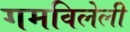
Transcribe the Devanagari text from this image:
गमविलेली